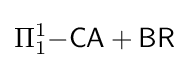
\Pi _{1}^{1}{\mathsf {-CA+BR}}